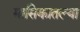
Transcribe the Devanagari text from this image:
मासिकातल्या